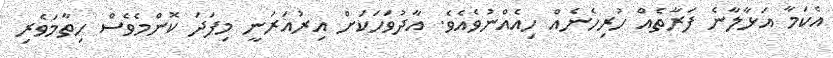
އެކަމާ އަޅާލާނެ ފަރާތެއް ހުރިހެނެއް ހިއެއްނުވެއެވެ. އާދުވަހަކަށް އިރުއަރަނީ މިފަދަ ކޮންމެވެސް ހިތާމަވެރި